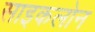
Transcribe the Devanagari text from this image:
साइकलोन